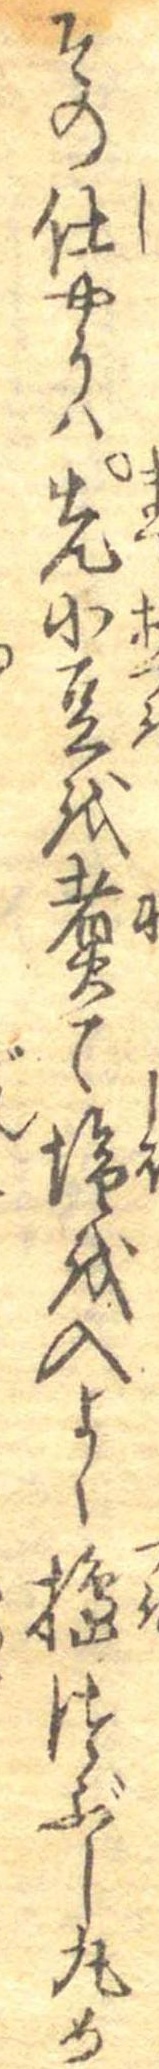
その仕やうは先小豆を煮て塩を入よく搗つぶし丸め